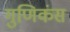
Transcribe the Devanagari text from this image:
गुणिकंस